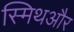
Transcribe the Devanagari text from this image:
स्मिथऔर